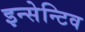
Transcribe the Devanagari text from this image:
इन्सेन्टिव